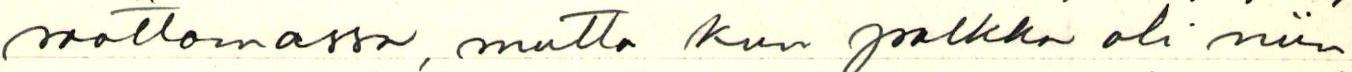
saattamassa, mutta kun palkka oli niin